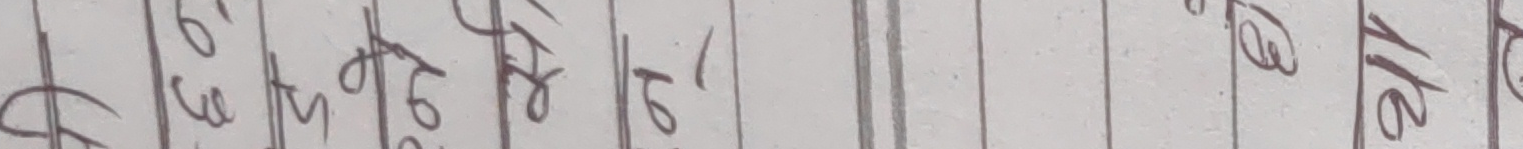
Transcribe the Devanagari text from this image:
$ ६३'०६ । ७। बेठ